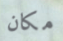
مكان